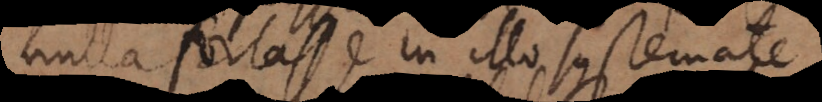
nulla fortasse in illo systemate